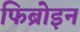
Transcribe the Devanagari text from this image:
फिब्रोइन